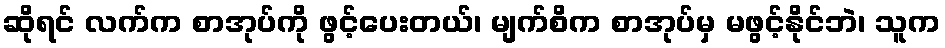
ဆိုရင် လက်က စာအုပ်ကို ဖွင့်ပေးတယ်၊ မျက်စိက စာအုပ်မှ မဖွင့်နိုင်ဘဲ၊ သူက